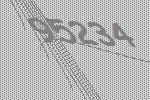
95234